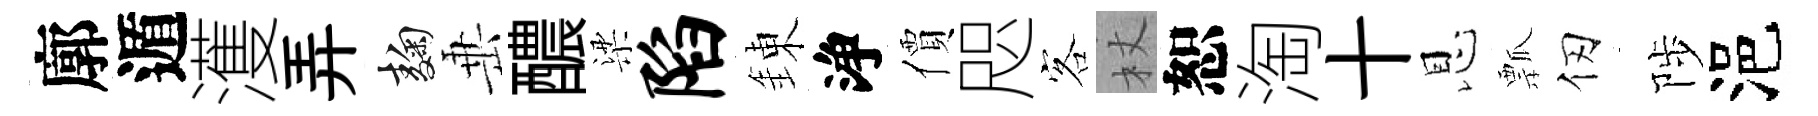
廓遁濩弄麹𡸁醲梁陷錬浄價咫客杖恕淘十恩瓢仞陟浥